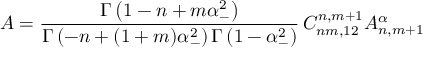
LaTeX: A = \frac { \Gamma \left( 1 - n + m \alpha _ { - } ^ { 2 } \right) } { \Gamma \left( - n + ( 1 + m ) \alpha _ { - } ^ { 2 } \right) \Gamma \left( 1 - \alpha _ { - } ^ { 2 } \right) } \, C _ { n m , 1 2 } ^ { n , m + 1 } A _ { n , m + 1 } ^ { \alpha }